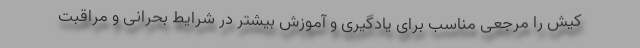
کیش را مرجعی مناسب برای یادگیری و آموزش بیشتر در شرایط بحرانی و مراقبت